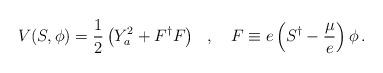
LaTeX: \begin{align*}V(S,\phi )=\frac{1}{2}\left( Y_{a}^{2}+F^{\dagger }F\right) \, \, \, \, ,\, \, \, \, \, \, F\equiv e\left( S^{\dagger }-\frac{\mu }{e}\right) \phi \, .\end{align*}